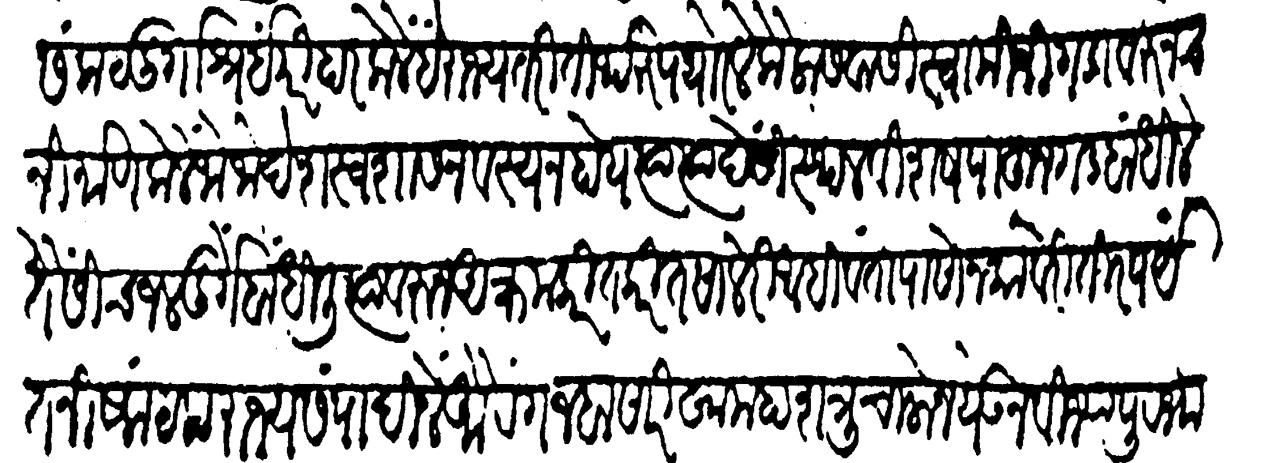
Transliteration (Devanagari): संकट दुर्गाश्रयीं परिहार केलें हें राज्य तरी तीर्थरूप थोरले कैलासवासी स्वामींनी गडावरुनच निर्माण केलें जो जो देश स्वशासनवश्य न होय त्या त्या देसी स्थळविशेष पाहून गड बांधिले तैसींच जलदुर्गे बांधिलीं त्यावरून आक्रम करीत करीत सालेरी आहिवंतापासोन कावेरीतीरपर्यंत निष्कंटक राज्य संपादिलें औरंगजबासारिखा महाशत्रु चालोन येऊन विजापूर भागानगरासारखीं